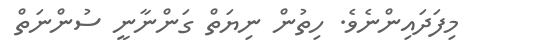
މިފަދައިންނެވެ. ހިތުން ނިޔަތް ގަންނާނީ ސުންނަތް